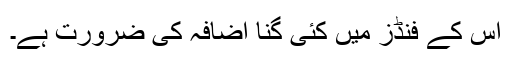
اس کے فنڈز میں کئی گنا اضافہ کی ضرورت ہے۔